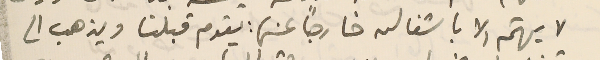
لا يهتم الا باشغاله خارجاً عنها: يقوم قبلنا ويذهب الى